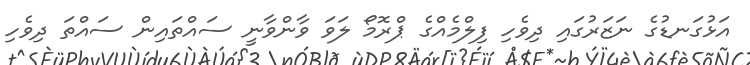
އަޅުގަނޑުގެ ނަޒަރުގައި ދިވެހި ފިލްމެއްގެ ޕްރޮމޯ ލަވަ ވާންވާނީ ސައްތައިން ސައްތަ ދިވެހި